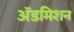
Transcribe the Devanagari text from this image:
अॅडमिशन